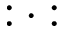
: \cdot :